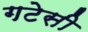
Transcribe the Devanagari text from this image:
गटेसी